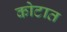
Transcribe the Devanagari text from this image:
कोटात